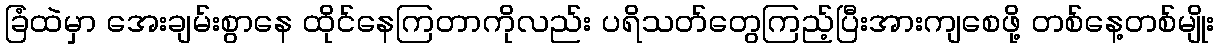
ခြံထဲမှာ အေးချမ်းစွာနေ ထိုင်နေကြတာကိုလည်း ပရိသတ်တွေကြည့်ပြီးအားကျစေဖို့ တစ်နေ့တစ်မျိုး